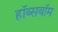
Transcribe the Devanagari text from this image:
हॉब्सबॉम